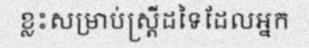
ខ្លះសម្រាប់ស្ត្រីដទៃដែលអ្នក